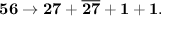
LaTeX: { \bf 5 6 } \rightarrow { \bf 2 7 } + \overline { { { \bf 2 7 } } } + { \bf 1 } + { \bf 1 } .